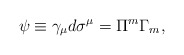
\begin{align*}\psi \equiv \gamma_\mu d\sigma^\mu = \Pi^m \Gamma_m,\end{align*}